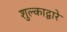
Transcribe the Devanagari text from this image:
शुल्काद्वारे